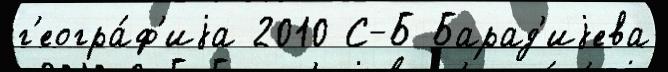
г'еогра́ф'иjа 2010 С-Б Барад'иjева